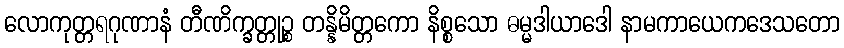
လောကုတ္တရဂုဏာနံ တီဏိက္ခတ္တုဉ္စ တန္နိမိတ္တကော နိစ္စသော ဓမ္မဒါယာဒေါ နာမကာယေကဒေသတော